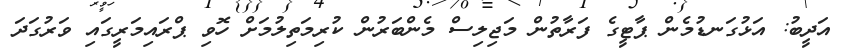
އަދީބު: އަޅުގަނޑުމެން ޕާޓީގެ ފަރާތުން މަޖިލިސް މެންބަރުން ކުރިމަތިލުމަށް ހޮވި ޕްރައިމަރީގައި ވަރުގަދަ